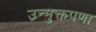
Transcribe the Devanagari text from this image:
उन्मुक्तपणा